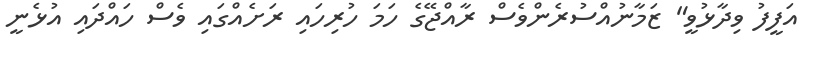
އަފީފު ވިދާޅުވީ" ޒަމާނުއްސުރެންވެސް ރާއްޖޭގެ ހަމަ ހުރިހައި ރަށެއްގައި ވެސް ހައްދައި އުޅެނީ